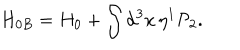
H _ { 0 B } = H _ { 0 } + \int \mathrm { d } ^ { 3 } x \, \eta ^ { 1 } \mathcal { P } _ { 2 } .